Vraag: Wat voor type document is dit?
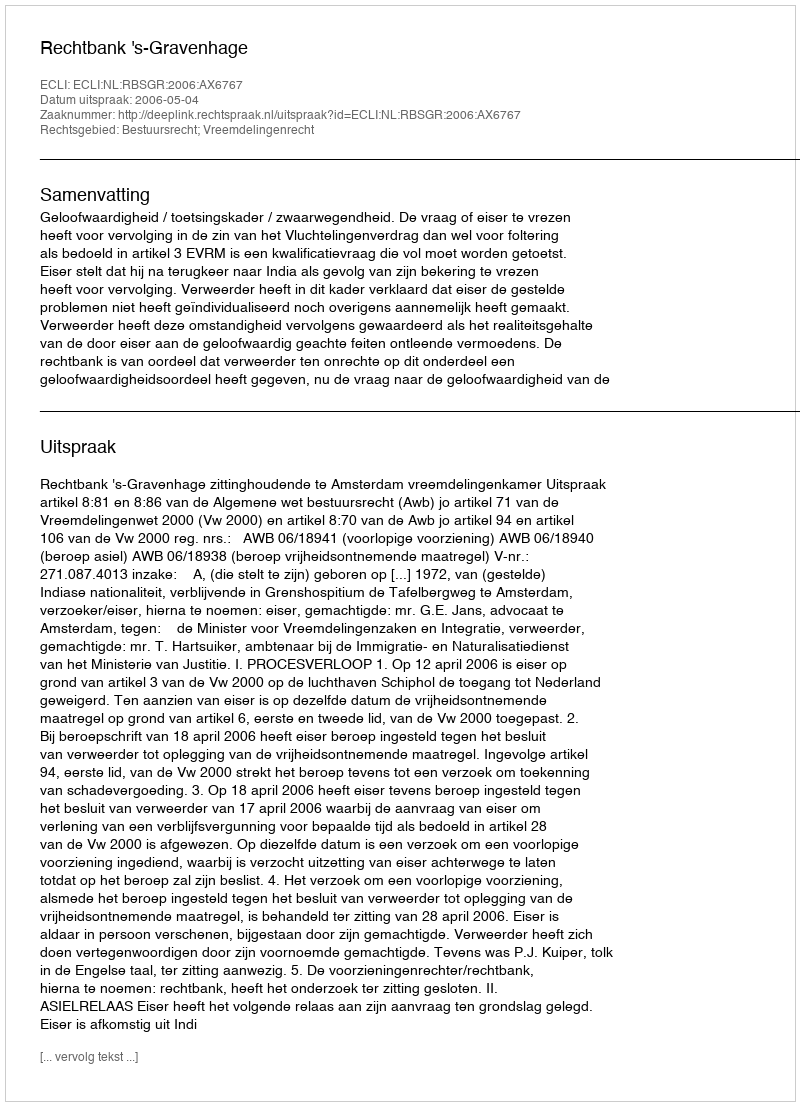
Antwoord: Uitspraak